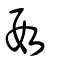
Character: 叚